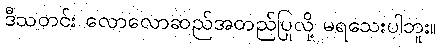
ဒီသတင်း လောလောဆည်အတည်ပြုလို့ မရသေးပါဘူး။